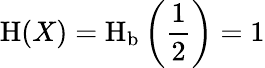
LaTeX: \operatorname{H}(X)=\operatorname{H}_{\mathrm{b}}\left({\frac{1}{2}}\right)=1